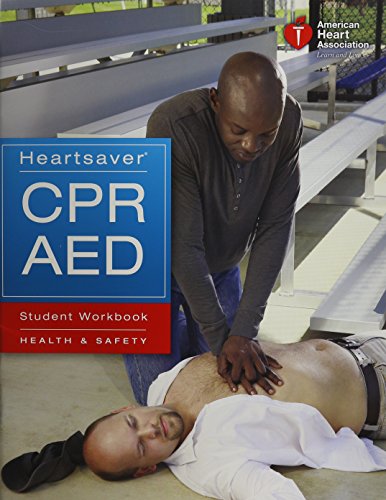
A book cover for Heartsaver CPR AED Student Workbook: Health & Safety; Aha; Computers & Technology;